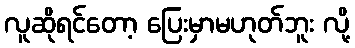
လူဆိုရင်တော့ ပြေးမှာမဟုတ်ဘူး လို့